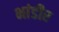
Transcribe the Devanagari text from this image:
भांडीर